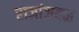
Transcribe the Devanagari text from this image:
राजांजवळ